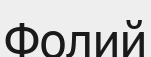
Фолий